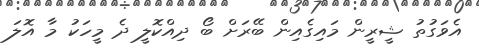
އެވަގުތު ޝީރީން މައިގެއިން ބޭރަށް ބޯ ދިއްކޮލީ ދެ މީހަކު މާ އޮލަ